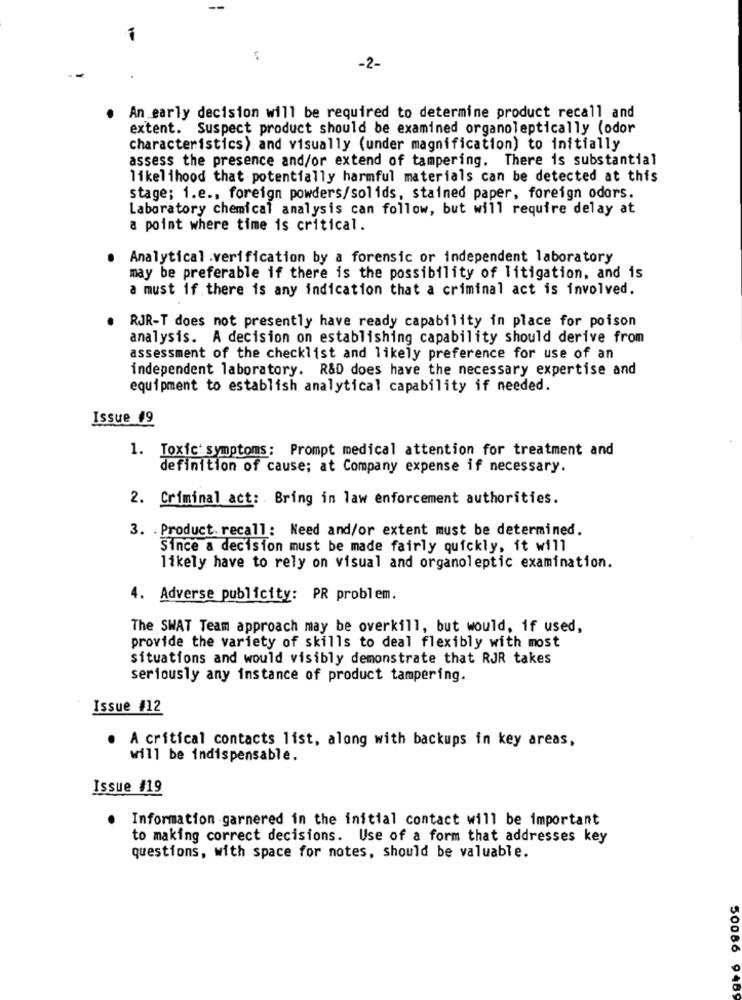
-2-
An early decision will be required to determine product recall and
extent. Suspect product should be examined organoleptically (odor
characteristics) and visually (under magnification) to initially
assess the presence and/or extend of tampering. There is substantial
likelihood that potentially harmful materials can be detected at this
stage; 1.e ., foreign powders/solids, stained paper, foreign odors.
Laboratory chemical analysis can follow, but will require delay at
a point where time is critical.
Analytical .verification by a forensic or independent laboratory
may be preferable if there is the possibility of litigation, and is
a must if there is any indication that a criminal act is involved.
RJR-T does not presently have ready capability in place for poison
analysis. A decision on establishing capability should derive from
assessment of the checklist and likely preference for use of an
independent laboratory. R&D does have the necessary expertise and
equipment to establish analytical capability if needed.
Issue #9
1. Toxic' symptoms: Prompt medical attention for treatment and
definition of cause; at Company expense if necessary.
2. Criminal act: Bring in law enforcement authorities.
3. . Product. recall: Need and/or extent must be determined.
Since a decision must be made fairly quickly, it will
likely have to rely on visual and organoleptic examination.
4. Adverse publicity: PR problem.
The SWAT Team approach may be overkill, but would, if used,
provide the variety of skills to deal flexibly with most
situations and would visibly demonstrate that RJR takes
seriously any instance of product tampering.
Issue #12
. A critical contacts list, along with backups in key areas,
will be indispensable.
Issue #19
Information garnered in the initial contact will be important
to making correct decisions. Use of a form that addresses key
questions, with space for notes, should be valuable.
50086 9489